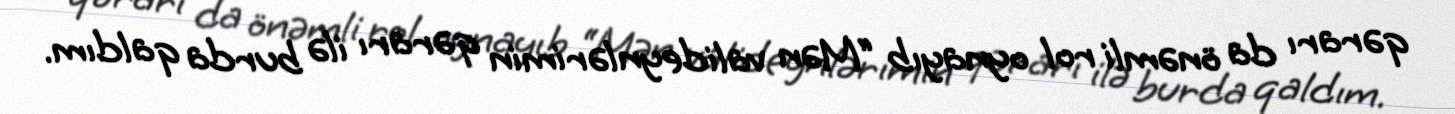
qərarı da önəmli rol oynayıb “Mən valideynlərimin qərarı ilə burda qaldım.